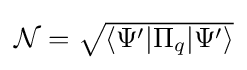
{\textstyle {\mathcal {N}}={\sqrt {\langle \Psi '|\Pi _{q}|\Psi '\rangle }}}